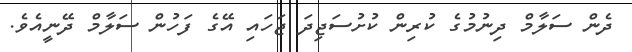
ދެން ސަލާމް ދިނުމުގެ ކުރިން ކުށުސަޖިދަ ޖަހައި އޭގެ ފަހުން ސަލާމް ދޭނީއެވެ.